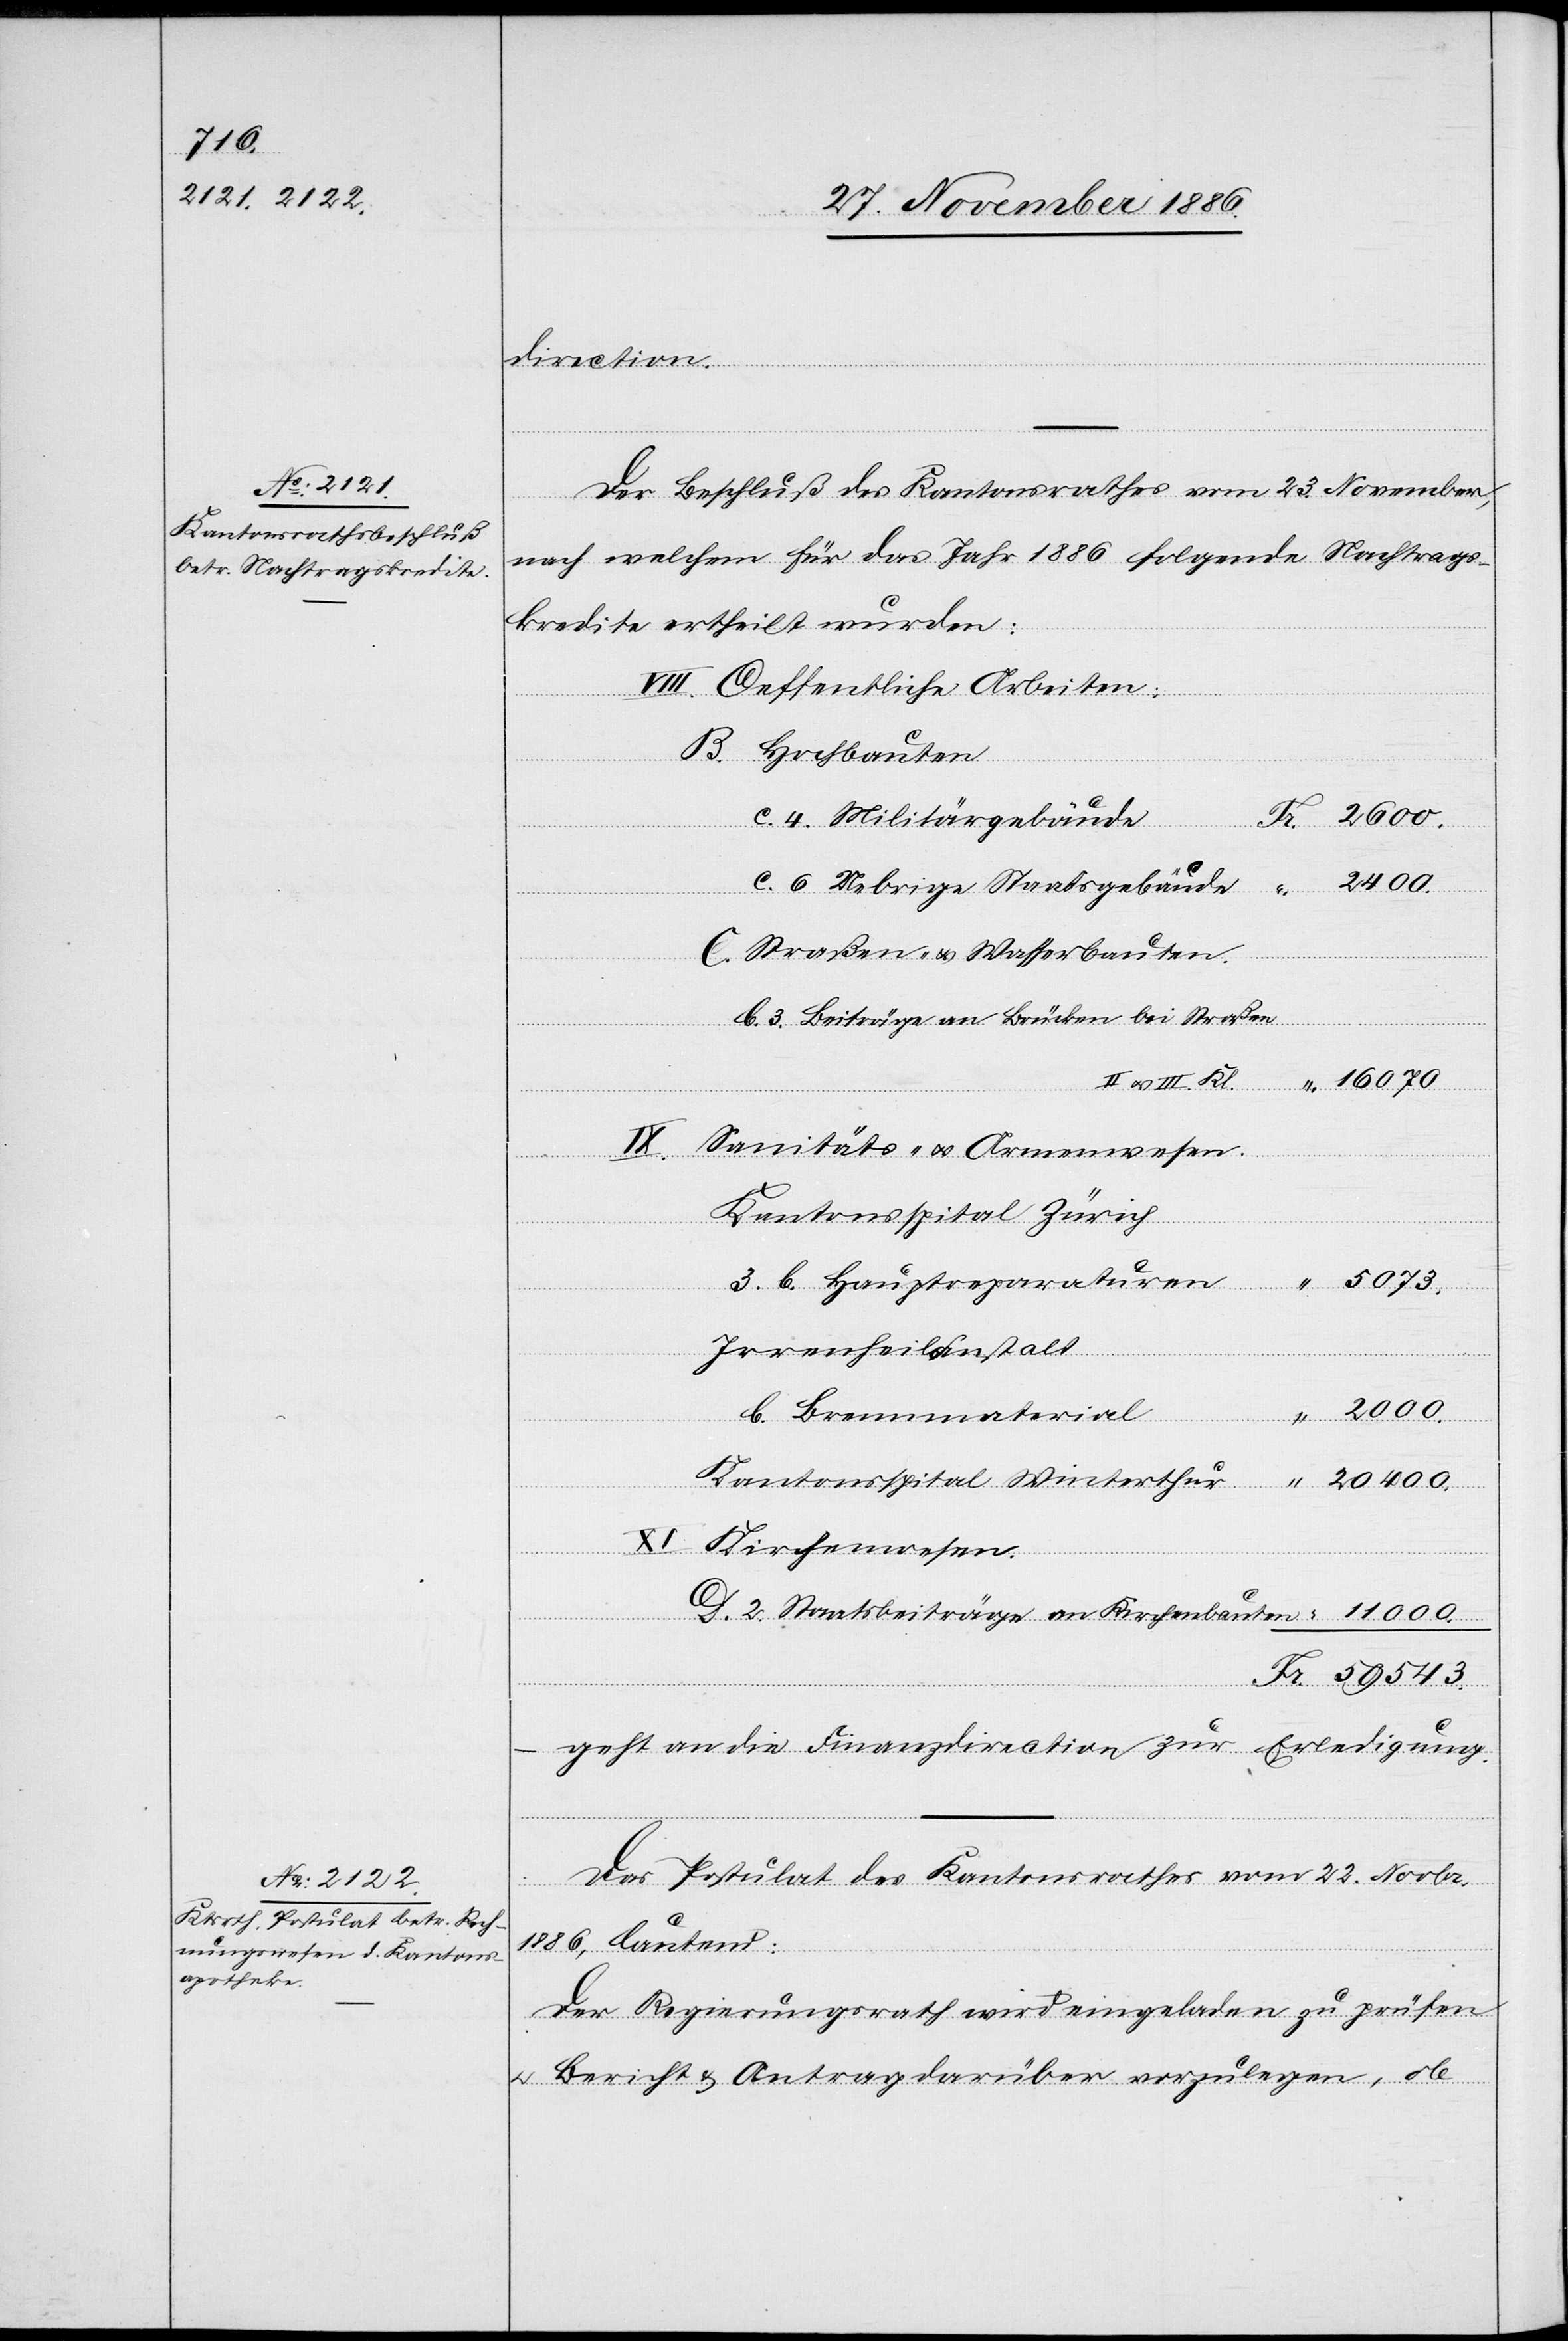
543.

–
direction.
Der Beschluß des Kantonsrathes vom 23. November,
nach welchem für das Jahr 1886 folgende Nachtrags¬
kredite ertheilt wurden:
VIII. Oeffentliche Arbeiten:
B. Hochbauten
c. 4. Militärgebäude
11 000.
c. 6 Uebrige Staatsgebäude
Fr.
59
C. Straßen- & Wasserbauten.
b. 3. Beiträge an Brücken bei Straßen
Sanitäts- & Armenwesen.
Kantonsspital Zürich
Irrenheilanstalt
Winterthur
b. Brennmaterial
XI. Kirchenwesen.
D. 2. Staatsbeiträge an Kirchenbauten
geht an die Finanzdirection zur Erledigung.
Das Postulat des Kantonsrathes vom 22. Novbr.
1886, lautend:
„Der Regierungsrath wird eingeladen zu prüfen
& Bericht & Antrag darüber vorzulegen, ob